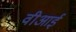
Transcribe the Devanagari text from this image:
वीआई